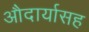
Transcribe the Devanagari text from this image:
औदार्यासह